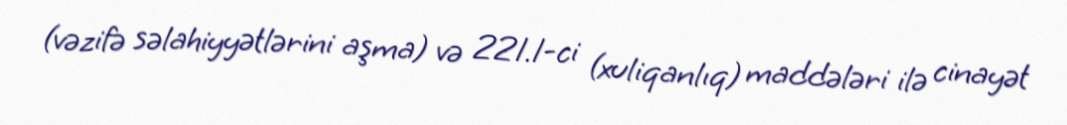
(vəzifə səlahiyyətlərini aşma) və 221.1-ci (xuliqanlıq) maddələri ilə cinayət